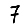
Digit: 7